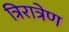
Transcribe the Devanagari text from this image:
त्रिरात्रेण